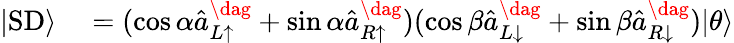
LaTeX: \begin{array}{rl}{|\textrm{SD}\rangle}&{{}=(\cos\alpha\hat{a}_{L\uparrow}^{\dag}+\sin\alpha\hat{a}_{R\uparrow}^{\dag})(\cos\beta\hat{a}_{L\downarrow}^{\dag}+\sin\beta\hat{a}_{R\downarrow}^{\dag})|\theta\rangle}\end{array}